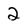
Character: 2